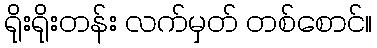
ရိုးရိုးတန်း လက်မှတ် တစ်စောင်။